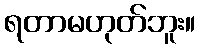
ရတာမဟုတ်ဘူး။